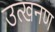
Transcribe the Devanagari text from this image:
उत्खनण